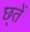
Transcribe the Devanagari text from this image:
छ्तें